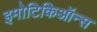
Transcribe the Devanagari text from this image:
इमोटिकिऑन्स